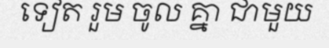
ទៀត រួម ចូល គ្នា ជាមួយ